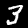
Digit: 3